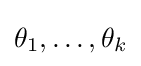
\theta _{1},\ldots ,\theta _{k}